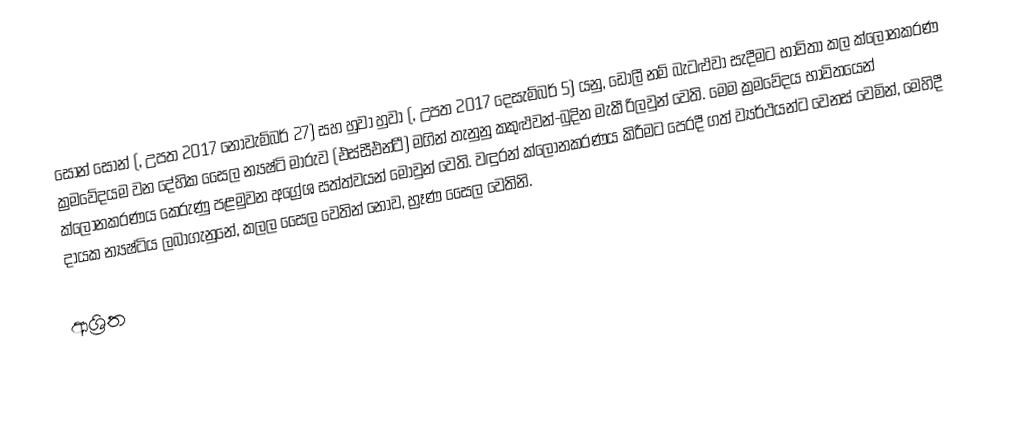
සොන් සොන් (, උපත 2017 නොවැම්බර් 27) සහ හුවා හුවා (, උපත 2017 දෙසැම්බර් 5) යනු, ඩොලී නම් බැටළුවා සැදීමට භාවිතා කල ක්ලෝනකරණ ක්‍රමවේදයම වන දේහික සෛල න්‍යෂ්ටි මාරුව (එස්සීඑන්ටී) මගින් තැනුනු   කකුළුවන්-බුදින මැකී රිලවුන් වෙති. මෙම ක්‍රමවේදය භාවිතයෙන් ක්ලෝනකරණය කෙරුණු පළමුවන  අග්‍රේශ සත්ත්වයන් මොවුන් වෙති. වඳුරන් ක්ලෝනකරණය කිරීමට පෙරදී ගත් ව්‍යර්ථයන්ට වෙනස් වෙමින්,  මෙහිදී දායක න්‍යෂ්ටිය ලබාගැනුනේ,  කලල සෛල වෙතින් නොව, භ්‍රෑණ සෛල වෙතිනි.

ආශ්‍රිත